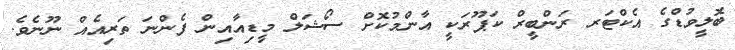
ބޮލީވުޑްގެ އެކްޓަރ ރަންބީރް ކަޕޫރަކީ އާންމުކޮށް ސޯޝަލް މީޑިއާއިން ފެންނަ ތަރިއެއް ނޫނެވެ.